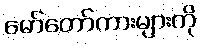
မော်တော်ကားများကို